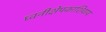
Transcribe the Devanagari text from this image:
ध्वनीक्षेपकाशिवाय